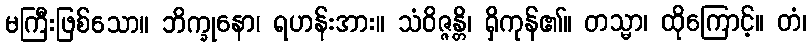
မကြီးဖြစ်သော။ ဘိက္ခုနော၊ ရဟန်းအား။ သံဝိဇ္ဇန္တိ၊ ရှိကုန်၏။ တသ္မာ၊ ထိုကြောင့်။ တံ၊